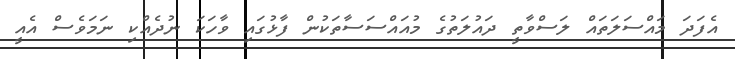
އެފަދަ މައްސަލަތައް ލަސްވާތީ ދައުލަތުގެ މުއައްސަސާތަކުން ފާޅުގައި ވާހަކަ ނުދެއްކި ނަމަވެސް އެއީ